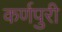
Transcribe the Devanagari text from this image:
कर्णपुरी